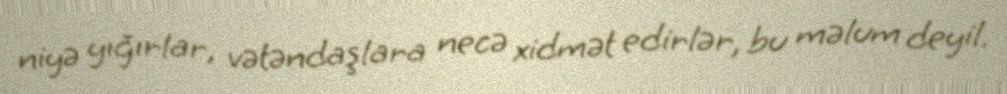
niyə yığırlar, vətəndaşlara necə xidmət edirlər, bu məlum deyil.